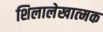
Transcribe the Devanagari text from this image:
शिलालेखात्‍मक